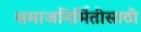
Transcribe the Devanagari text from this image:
समाजनिर्मितीसाठी